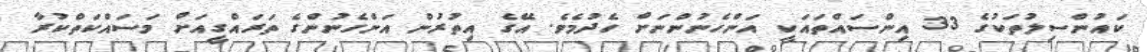
ކައުންސިލުތަކުގެ 33 އިންސައްތައަކީ އަންހެނުންނަށް ހެދުމެވެ. އޭގެ އިތުރުން އަންހެނުންގެ ތަރައްގީއަށް މަސައްކަތްކުރާ